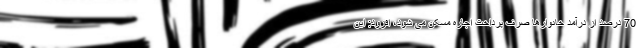
70 درصد از درآمد خانوارها صرف پرداخت اجاره مسکن می شود، افزود: این